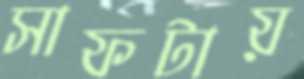
সাফটায়